Annual report on the Civil Veterinary Department, Burma (including the Insein Veterinary School) - 1932-1941
Year: 1932
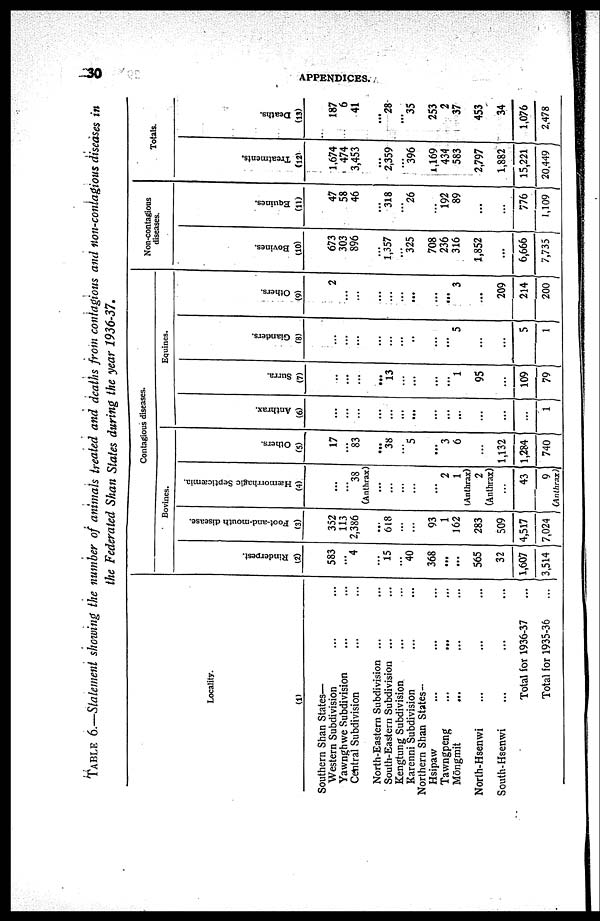
30
APPENDICES.
TABLE 6.—Statement showing the number of animals treated and deaths from contagious and non-contagious
diseases in
the Federated Shan States during the year
1936-37.
Locality.
(1)
Southern Shan States—
Western Subdivision ... ...
Yawnghwe Subdivision ... ...
Central Subdivision ... ...
North-Eastern Subdivision ... ...
South-Eastcrn Subdivision ... ...
Kengtung Subdivision ... ...
Karenni Subdivision ... ...
Northern Shan States-
Hsipaw ... ... ...
Tawngpeng ... ... ...
Mōngmit
... ... ...
North-Hsenwi ... ... ...
South-Hsenwi ... ... ...
Total for 1936-37 ...
Total for 1935-36 ...
Contagious diseases.
Bovines.
Rinderpest.
(2)
583
...
4
...
15
...
40
368
...
...
565
32
1,607
3,514
Foot-and-mouth disease.
(3)
352
113
2,386
...
618
...
...
93
1
162
283
509
4,517
7,024
Hæmorrhagic Septiæmia.
(4)
...
...
38
(Anthrax)
...
...
...
...
...
2
1
(Anthrax)
2
(Anthrax)
...
43
9
Others.
(5)
17
...
83
...
38
...
5
...
3
6
...
1,132
1,284
740
Equines.
Anthrax.
(6)
...
...
...
...
...
...
...
...
...
...
...
...
...
1
Surra.
(7)
...
...
...
...
13
...
...
...
...
1
95
...
109
79
Glanders.
(8)
...
...
...
...
...
...
...
...
...
5
...
...
5
1
Others.
(9)
2
...
...
...
...
...
...
...
...
3
...
209
214
200
Non-contagious
diseases.
Bovines.
(10)
673
303
896
...
1,357
...
325
708
236
316
1,852
...
6,666
7,735
Equines.
(11)
47
58
46
...
318
...
26
...
192
89
...
...
776
1,109
Totals.
Treatments.
(12)
1,674
474
3,453
...
2,359
...
396
1,169
434
583
2,797
1,882
15,221
20,449
Deaths.
(13)
187
6
41
...
28
...
35
253
2
37
453
34
1,076
2,478